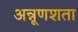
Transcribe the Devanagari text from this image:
अन्नूणशता